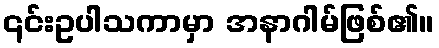
၎င်းဥပါသကာမှာ အနာဂါမ်ဖြစ်၏။